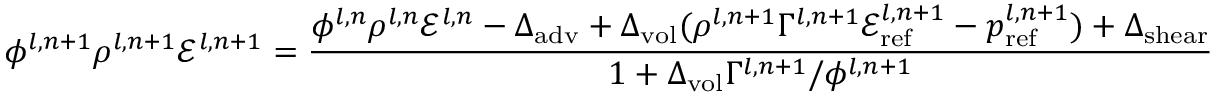
\phi ^ { l , n + 1 } \rho ^ { l , n + 1 } \mathscr { E } ^ { l , n + 1 } = \frac { \phi ^ { l , n } \rho ^ { l , n } \mathscr { E } ^ { l , n } - \Delta _ { \mathrm { a d v } } + \Delta _ { \mathrm { v o l } } ( \rho ^ { l , n + 1 } \Gamma ^ { l , n + 1 } \mathscr { E } _ { \mathrm { r e f } } ^ { l , n + 1 } - p _ { \mathrm { r e f } } ^ { l , n + 1 } ) + \Delta _ { \mathrm { s h e a r } } } { 1 + \Delta _ { \mathrm { v o l } } \Gamma ^ { l , n + 1 } / \phi ^ { l , n + 1 } }